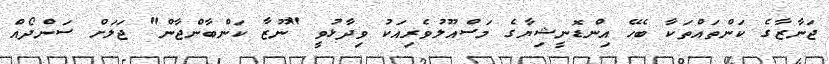
ޖަނާޒާގެ ކަންތައްތަކާ ބެހޭ އިންޑޮނީޝިޔާގެ މަސްއޫލުވެރިއަކު ވިދާޅުވީ "ނޫޒާ ކަންބާންޖާން" ޖަލަށް ސަންދޯއް